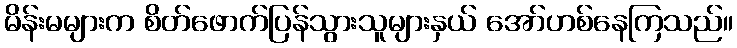
မိန်းမများက စိတ်ဖောက်ပြန်သွားသူများနှယ် အော်ဟစ်နေကြသည်။